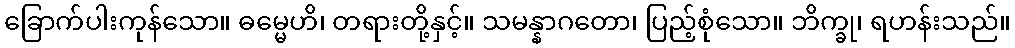
ခြောက်ပါးကုန်သော။ ဓမ္မေဟိ၊ တရားတို့နှင့်။ သမန္နာဂတော၊ ပြည့်စုံသော။ ဘိက္ခု၊ ရဟန်းသည်။